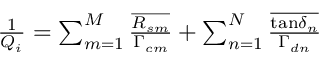
\begin{array} { r } { \frac { 1 } { Q _ { i } } = \sum _ { m = 1 } ^ { M } \frac { \overline { { R _ { s m } } } } { \Gamma _ { c m } } + \sum _ { n = 1 } ^ { N } \frac { \overline { { \tan \! \delta _ { n } } } } { \Gamma _ { d n } } } \end{array}